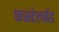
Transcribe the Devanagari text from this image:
फास्टेलबेंड